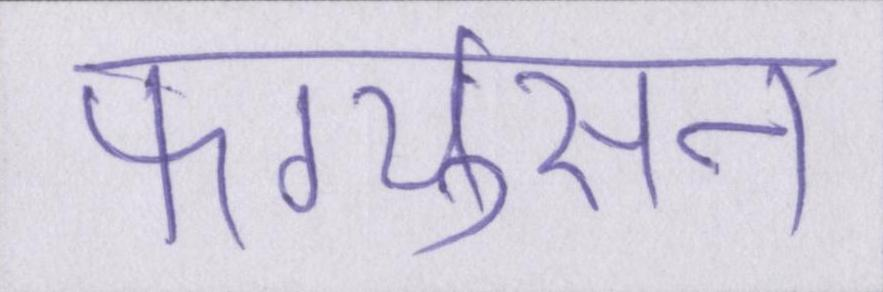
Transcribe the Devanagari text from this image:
फर्ग्युसन